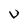
Character: V